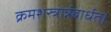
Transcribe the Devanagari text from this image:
क्रमशस्त्रार्न्नबार्धत।